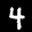
Label: 4